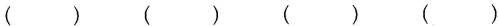
( ) ( ) ( ) ( )